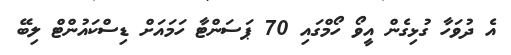
އެ ދުވަހާ ގުޅިގެން އީވޯ ހޯމްގައި 70 ޕަސަންޓާ ހަމައަށް ޑިސްކައުންޓް ލިބޭ